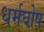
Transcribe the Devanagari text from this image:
धर्मघोष